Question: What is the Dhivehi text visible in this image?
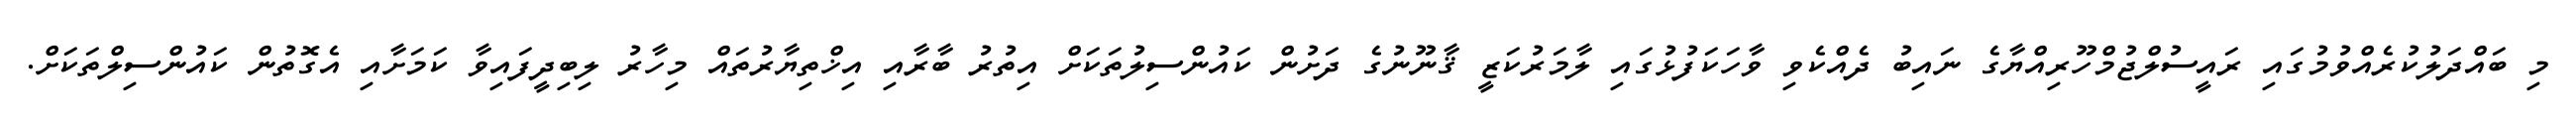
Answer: މި ބައްދަލުކުރެއްވުމުގައި ރައީސުލްޖުމްހޫރިއްޔާގެ ނައިބު ދެއްކެވި ވާހަކަފުޅުގައި ލާމަރުކަޒީ ޤާނޫނުގެ ދަށުން ކައުންސިލުތަކަށް އިތުރު ބާރާއި އިޚްތިޔާރުތައް މިހާރު ލިބިދީފައިވާ ކަމަށާއި އެގޮތުން ކައުންސިލްތަކަށް.